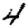
Digit: 4